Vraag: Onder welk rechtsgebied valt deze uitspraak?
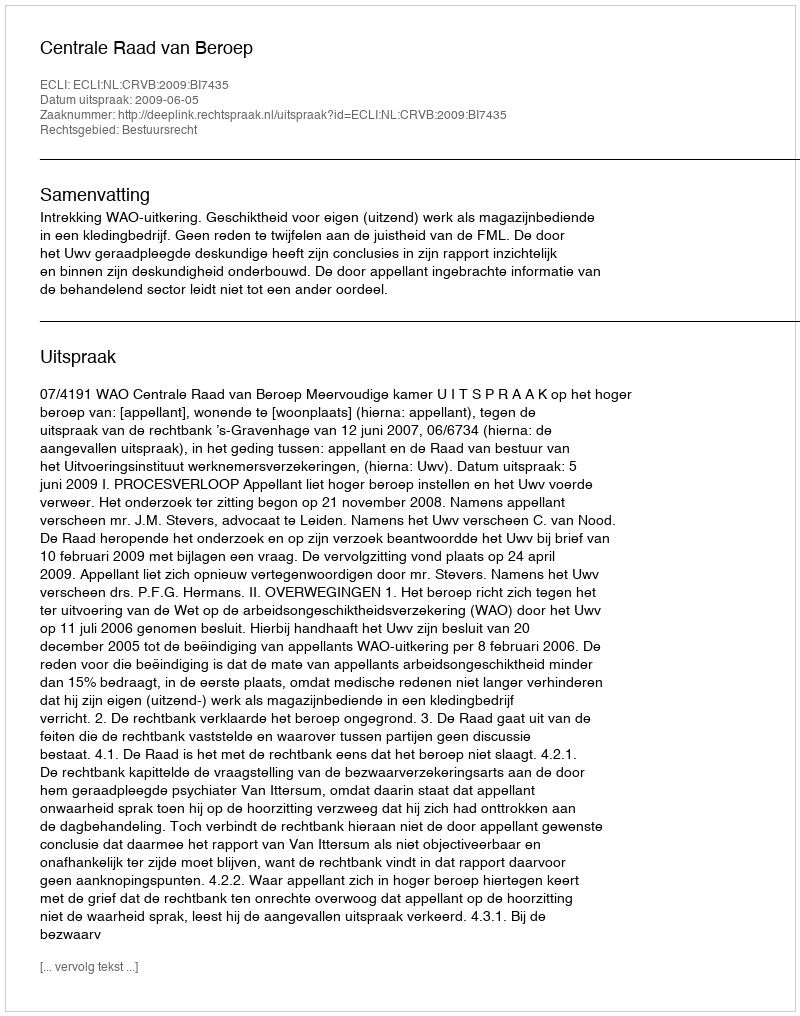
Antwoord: Bestuursrecht